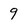
Character: 9